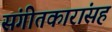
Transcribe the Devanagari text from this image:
संगीतकारांसह